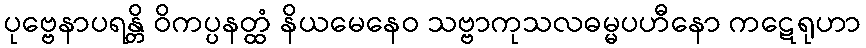
ပုဗ္ဗေနာပရန္တိ ဝိကပ္ပနတ္ထံ နိယမေနေဝ သဗ္ဗာကုသလဓမ္မပဟီနော ကဋေရုဟာ